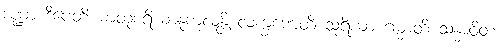
ဒဏ္ဍာ ဒီပေတိ ဓာတုစရိယာနုကူလန္တိ လက္ခဏေတိ သူရိယာ ဂမ္မာတိ သန္ဓာဝိတံ